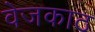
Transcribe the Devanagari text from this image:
वेजकाठ